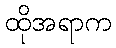
ထိုအရာက